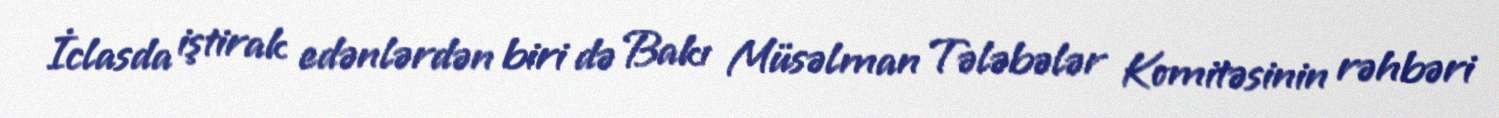
İclasda iştirak edənlərdən biri də Bakı Müsəlman Tələbələr Komitəsinin rəhbəri